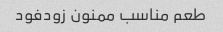
طعم مناسب ممنون زودفود